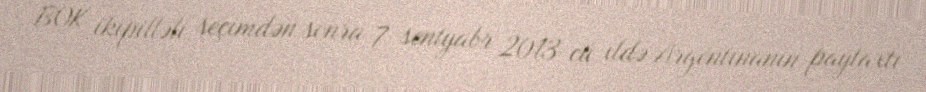
BOK ikipilləli seçimdən sonra 7 sentyabr 2013-cü ildə Argentinanın paytaxtı